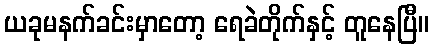
ယခုမနက်ခင်းမှာတော့ ရေခဲတိုက်နှင့် တူနေပြီ။